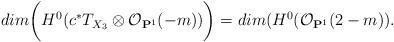
LaTeX: \begin{align*} dim \biggl(H^0(c^\ast T_{X_3}\otimes \mathcal O_{\mathbf P^1}(-m) )\biggr)=dim( H^0(\mathcal O_{\mathbf P^1}(2-m)).\end{align*}